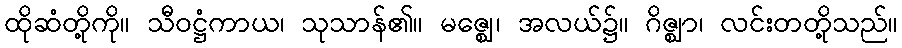
ထိုဆံတို့ကို။ သီဝဋ္ဌံကာယ၊ သုသာန်၏။ မဇ္ဈေ၊ အလယ်၌။ ဂိဇ္ဈာ၊ လင်းတတို့သည်။